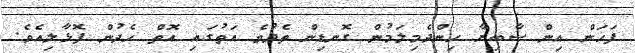
ފަހަން އިން ޞާބިރާ ހިންދެމިލަމުން ގޮނޑިން ތެދުވެ އަތުގައި އޮތް ހެދުން ފޮޅާލިއެވެ.